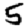
Digit: 5